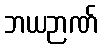
ဘယဉာဏ်